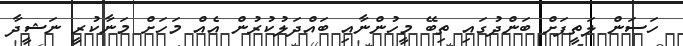
ހަސަން ލަތީފަށް ބަންދުގައި ތިބޭ މީހުންނާއި ބައްދަލުކުރުން އެއް މަހަށް މަނާކުރީ ނަޝީދާ